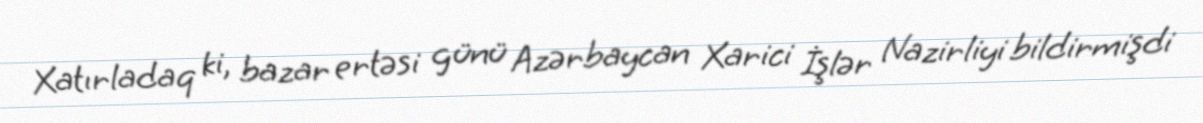
Xatırladaq ki, bazar ertəsi günü Azərbaycan Xarici İşlər Nazirliyi bildirmişdi